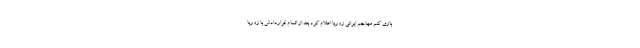
بازی کنم مهاجم ایرانی زوریا اعلام کرد بعد از اتمام قراردادش با زوریا